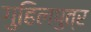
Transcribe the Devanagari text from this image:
गुहिलपुत्र